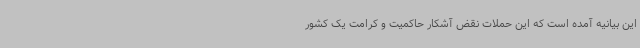
این بیانیه آمده است که این حملات نقض آشکار حاکمیت و کرامت یک کشور